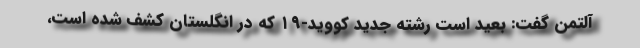
آلتمن گفت: بعید است رشته جدید کووید-۱۹ که در انگلستان کشف شده است،